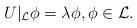
LaTeX: \begin{align*}U|_{\mathcal{L}}\phi= \lambda \phi,\phi \in \mathcal{L}.\end{align*}